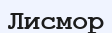
Лисмор